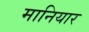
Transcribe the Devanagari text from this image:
मानियार